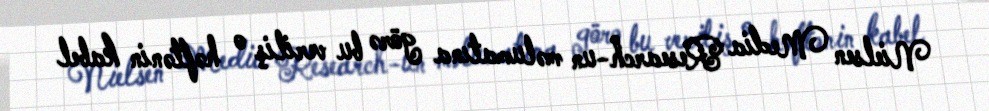
Nielsen Media Research-un məlumatına görə bu veriliş o həftənin kabel